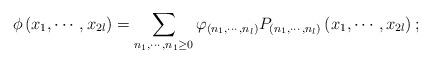
LaTeX: \begin{align*}\phi \left( x_{1},\cdots ,x_{2l}\right) =\sum_{n_{1},\cdots ,n_{1}\geq0}\varphi _{\left( n_{1},\cdots ,n_{l}\right) }P_{\left( n_{1},\cdots,n_{l}\right) }\left( x_{1},\cdots ,x_{2l}\right) ;\end{align*}